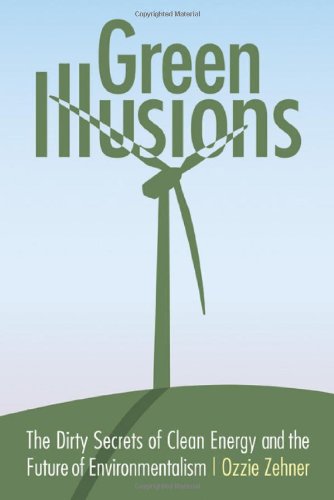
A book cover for Green Illusions: The Dirty Secrets of Clean Energy and the Future of Environmentalism (Our Sustainable Future); Ozzie Zehner; Business & Money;